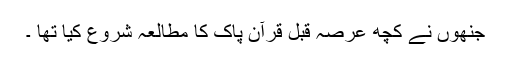
جنھوں نے کچھ عرصہ قبل قرآن پاک کا مطالعہ شروع کیا تھا ۔